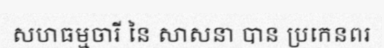
សហធម្មចារី នៃ សាសនា បាន ប្រកេនពរ